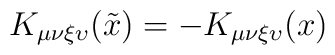
K_{\mu \nu \xi \upsilon} (\tilde{x}) = - K_{\mu \nu \xi \upsilon} (x)